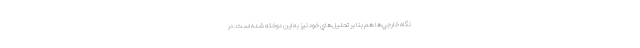
نگاه خارجي‌ها هم بنا بر تحليل‌هاي خود نیز به اين دوخته شده است. در